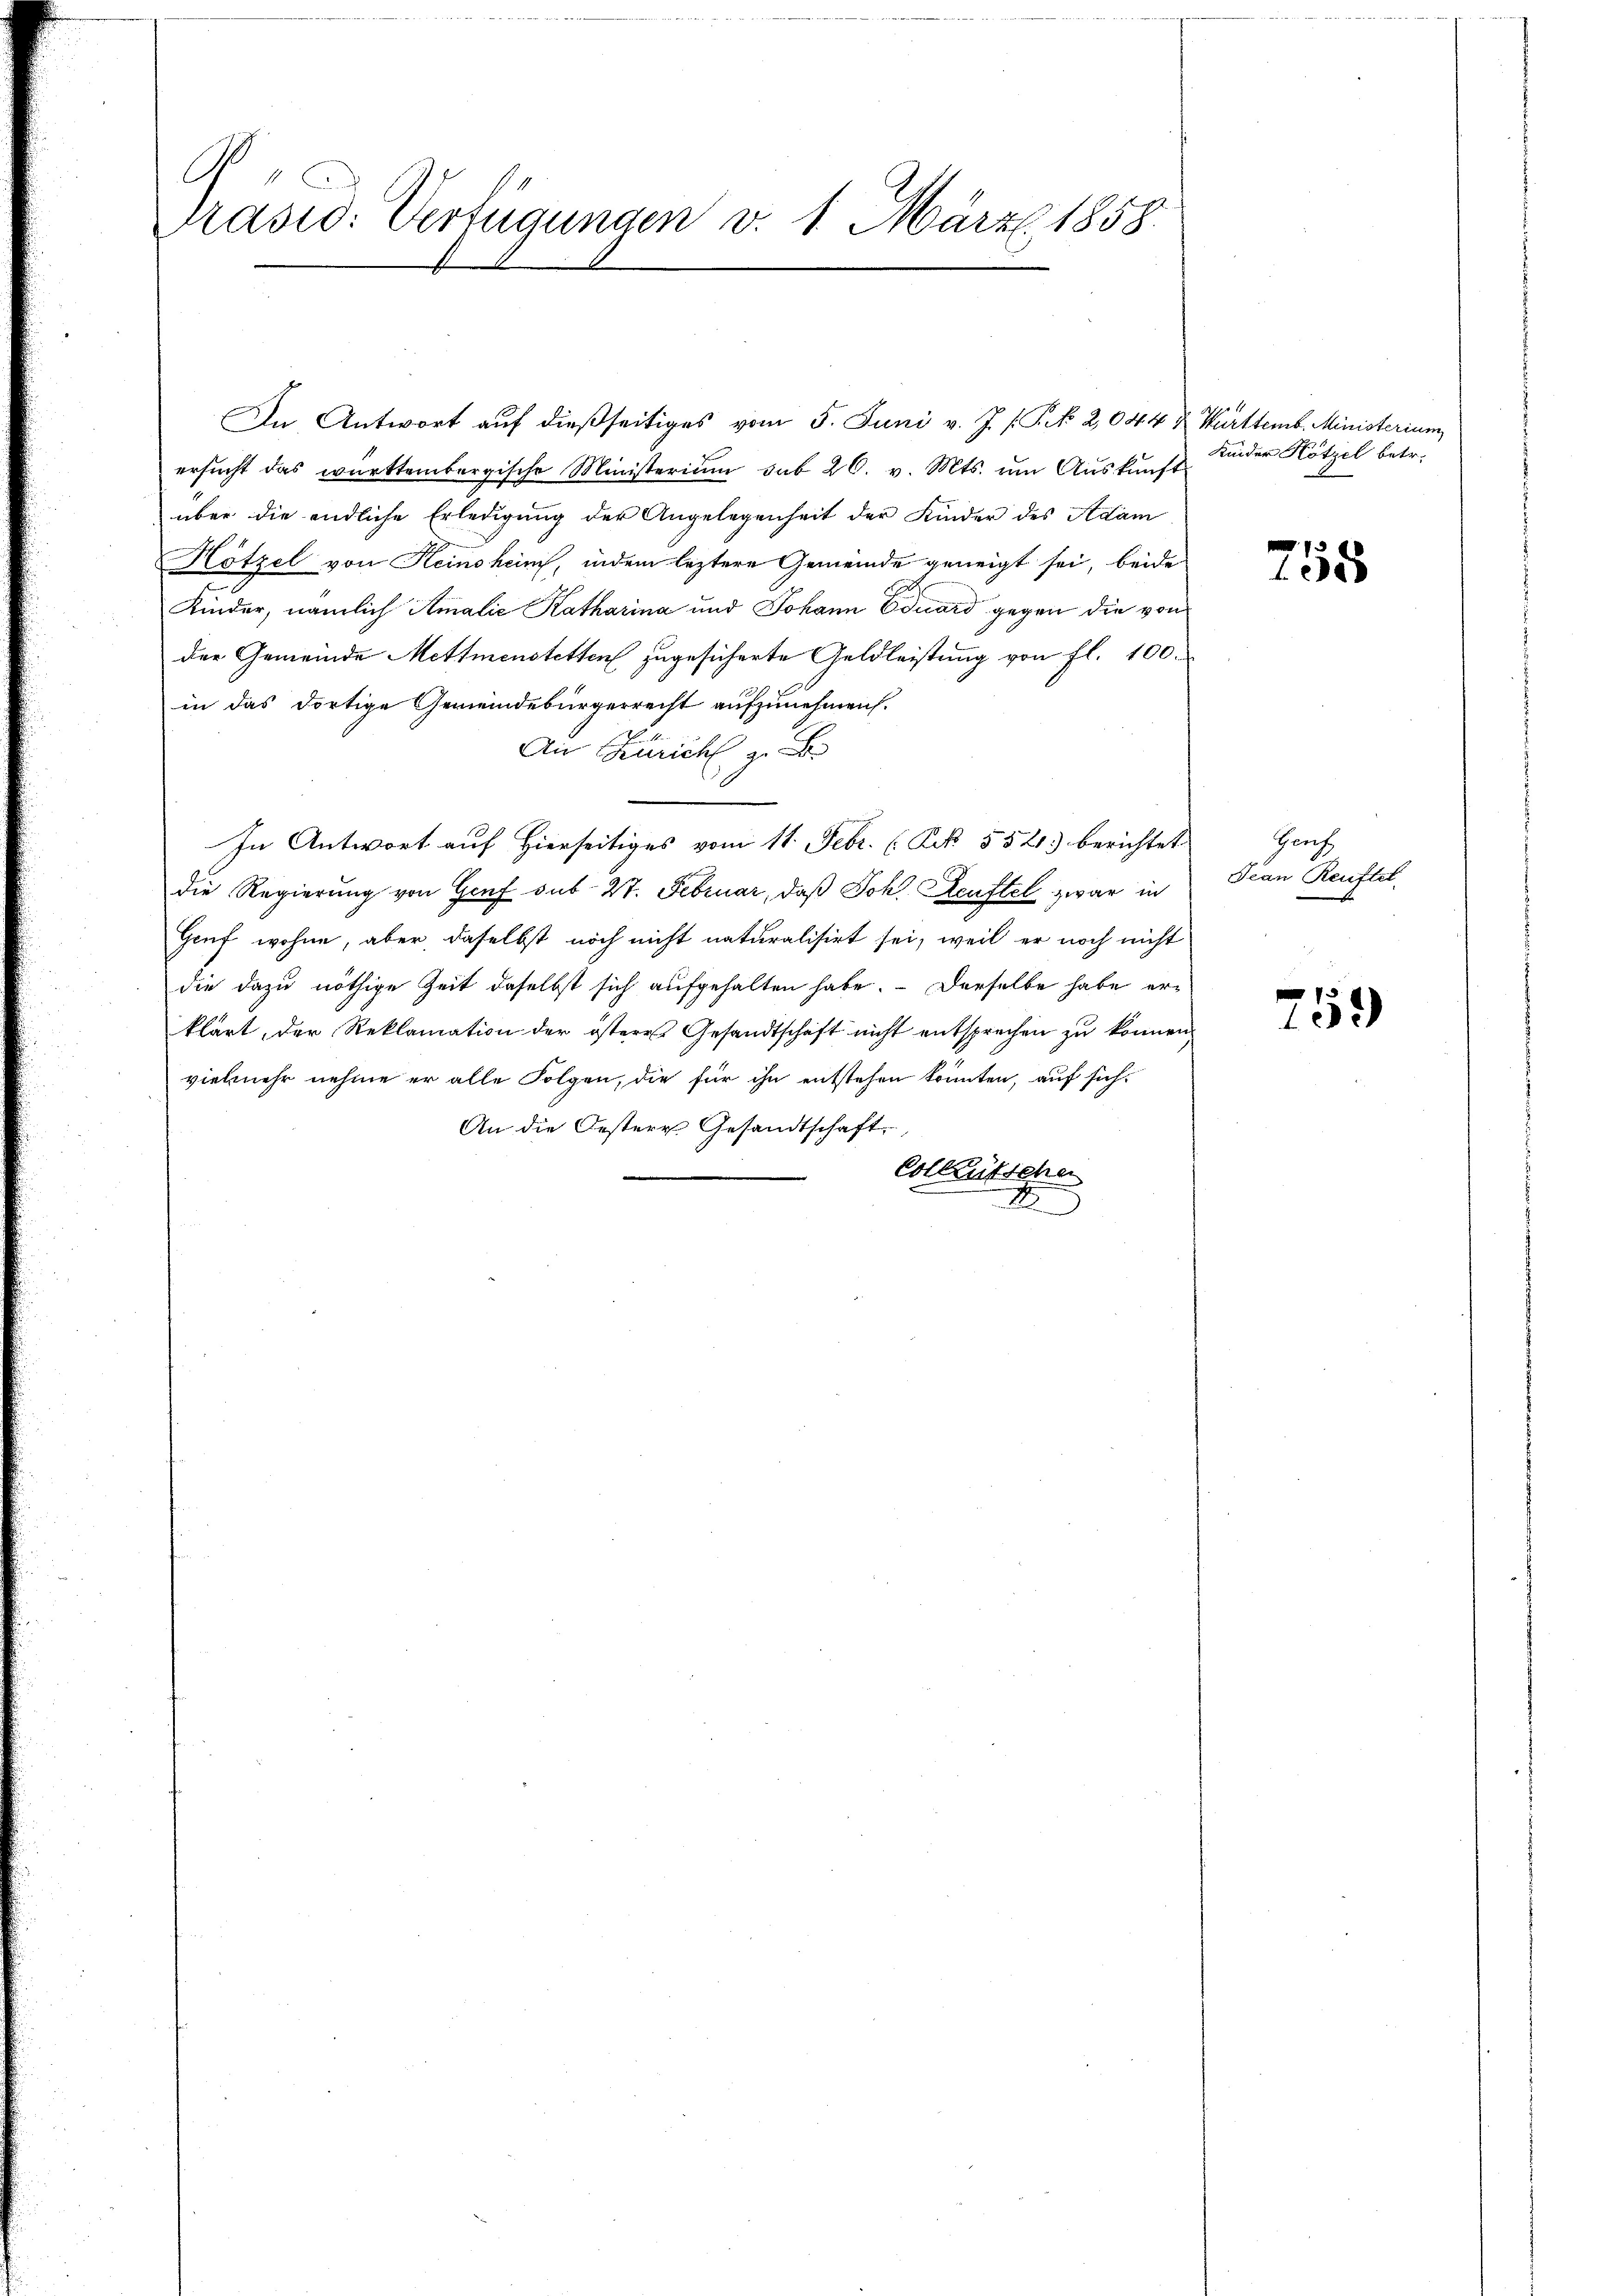
G.
Prasio: Verfügungen v. 1. März 1858.

In Antwort auf dießseitiges vom 5. Juni v. J. P. P. N. 2,044 & Württemb. Ministerium
ersŭcht das württembergische Ministerium sub 26. v. Mts. ŭm Aŭskŭnft
über die endliche Erledigung der Angelegenheit der Kinder des Adam
Hötzel von Keinsheim, indem leztere Gemeinde geneigt sei, beide
Kinder, nämlich Amalie Katharina und Johann Eduard gegen die von
der Gemeinde Mettmenstetten zugesicherte Geldleistung von fl. 100.
in das dortige Gemeindebürgerrecht aufzunehmen.
Ain Zürich z. B
In Antwort auf Hierseitiges vom 11. Febr. (Frk. 552. berichtet
die Regierung von Genf sub 27. Februar, daß Joh. Heuftel zwar in
Genf wohne, aber daselbst noch nicht naturalisirt sei, weil er noch nicht
die dazu nöthige Zeit daselbst sich aufgehalten habe. Derselbe habe erklärt, der Reklamation der österes Gesandtschaft nicht entsprechen zu können,
vielmehr nehme er alle Folgen, die für ihn entstehen könnten, auf sich
An die Oesteres Gesandtschaft,
Colleutschen
2

Kinder Hötzel betr.

755

Prech
Jean Reuftel

759